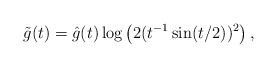
LaTeX: \begin{align*}\tilde{g}(t) = \hat{g}(t) \log\left( 2(t^{-1} \sin(t/2) )^2 \right),\end{align*}